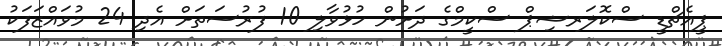
ޕީއެޗްޑީ ސްކޮލަރޝިޕް ސްކީމްގެ ދަށުން ހުޅުވާލި 10 ފުރުސަތަށް އެދި 24 މުވައްޒަފަކު